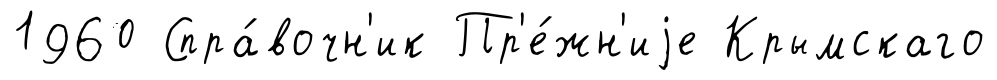
1960 Спра́вочн'ик Пр'е́жн'иjе Крымскаго